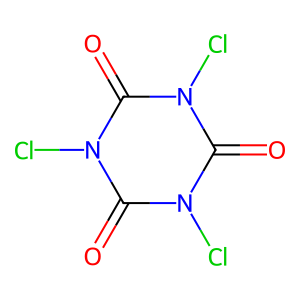
SMILES: O=c1n(Cl)c(=O)n(Cl)c(=O)n1Cl
Inhibits HIV replication: No